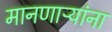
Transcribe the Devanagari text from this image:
मानणाऱ्यांना